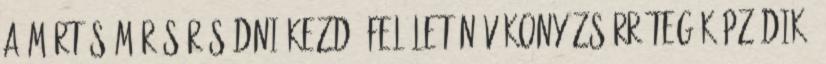
a mártás már sűrűsödni kezd, felületén vékony zsírréteg képződik,